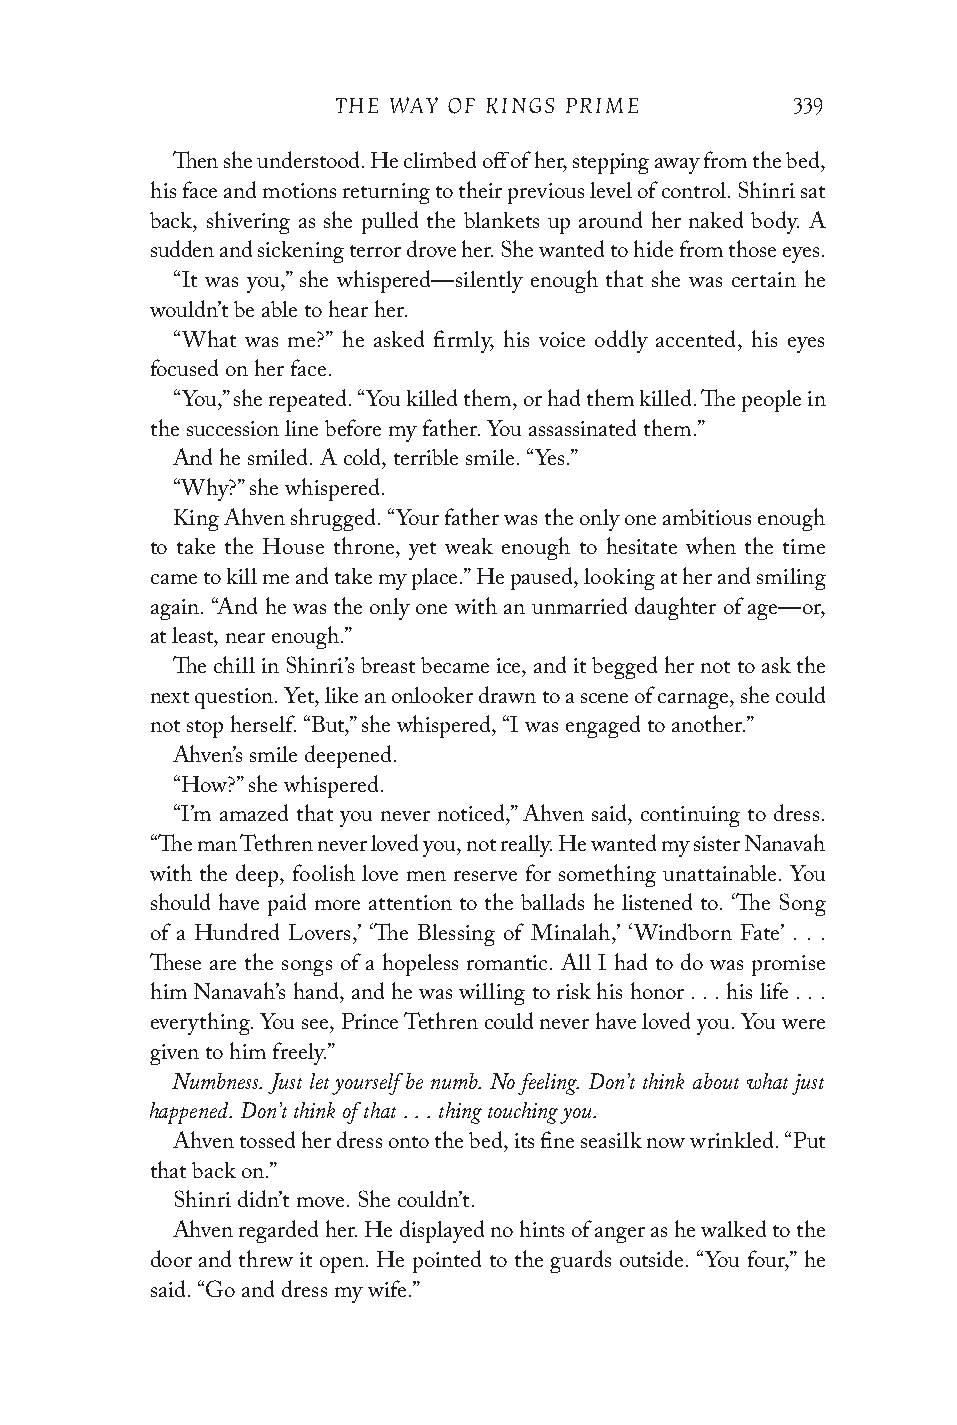
THE WAY OF KINGS PRIME        339
 Then she understood. He climbed off of her, stepping away from the bed,
 his face and motions returning to their previous level of control. Shinri sat
 back, shivering as she pulled the blankets up around her naked body. A
 sudden and sickening terror drove her. She wanted to hide from those eyes.
 “It was you,” she whispered—silently enough that she was certain he
 wouldn’t be able to hear her.
 “What was me?” he asked firmly, his voice oddly accented, his eyes
 focused on her face.
 “You,” she repeated. “You killed them, or had them killed. The people in
 the succession line before my father. You assassinated them.”
 And he smiled. A cold, terrible smile. “Yes.”
 “Why?” she whispered.
 King Ahven shrugged. “Your father was the only one ambitious enough
 to take the House throne, yet weak enough to hesitate when the time
 came to kill me and take my place.” He paused, looking at her and smiling
 again. “And he was the only one with an unmarried daughter of age—or,
 at least, near enough.”
 The chill in Shinri’s breast became ice, and it begged her not to ask the
 next question. Yet, like an onlooker drawn to a scene of carnage, she could
 not stop herself. “But,” she whispered, “I was engaged to another.”
 Ahven’s smile deepened.
 “How?” she whispered.
 “I’m amazed that you never noticed,” Ahven said, continuing to dress.
 “The man Tethren never loved you, not really. He wanted my sister Nanavah
 with the deep, foolish love men reserve for something unattainable. You
 should have paid more attention to the ballads he listened to. ‘The Song
 of a Hundred Lovers,’ ‘The Blessing of Minalah,’ ‘Windborn Fate’ . . .
 These are the songs of a hopeless romantic. All I had to do was promise
 him Nanavah’s hand, and he was willing to risk his honor . . . his life . . .
 everything. You see, Prince Tethren could never have loved you. You were
 given to him freely.”
 Numbness. Just let yourself be numb. No feeling. Don’t think about what just
 happened. Don’t think of that . . . thing touching you.
 Ahven tossed her dress onto the bed, its fine seasilk now wrinkled. “Put
 that back on.”
 Shinri didn’t move. She couldn’t.
 Ahven regarded her. He displayed no hints of anger as he walked to the
 door and threw it open. He pointed to the guards outside. “You four,” he
 said. “Go and dress my wife.”